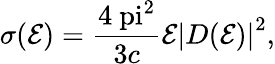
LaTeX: \sigma(\mathcal{E})=\frac{{4\mathrm{{\ pi}}^{2}}}{{3c}}\mathcal{E}{|D(\mathcal{E})|}^{2},